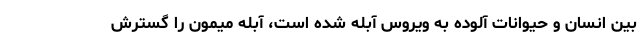
بین انسان و حیوانات آلوده به ویروس آبله شده است، آبله میمون را گسترش